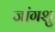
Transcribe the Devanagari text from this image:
जांगशु